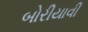
બોરીયાવી